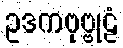
ဥဒကဗုဗ္ဗုဠံ